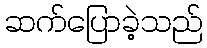
ဆက်ပြောခဲ့သည်